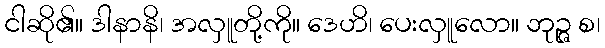
ငါဆို၏။ ဒါနာနိ၊ အလှူတို့ကို။ ဒေဟိ၊ ပေးလှူလော။ ဘုဉ္ဇ စ၊